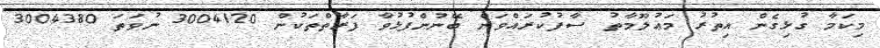
މިކަމާ ގުޅިގެން އިތުރު މަޢުލޫމާތު ސާފުކުރައްވަން ބޭނުންފުޅުވާ ފަރާތްތަކުން 3004120 ނުވަތަ 3004380